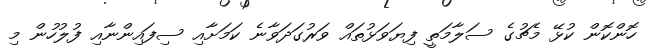
ހޮންކޮން ކުޅޭ މެޗުގެ ސަލާމަތީ ފިޔަވަޅުތައް ވަރުގަދަވާނެ ކަމަށާއި ސިފައިންނާއި ފުލުުހުން މި